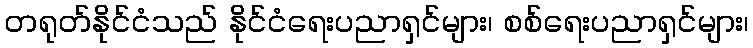
တရုတ်နိုင်ငံသည် နိုင်ငံရေးပညာရှင်များ၊ စစ်ရေးပညာရှင်များ၊